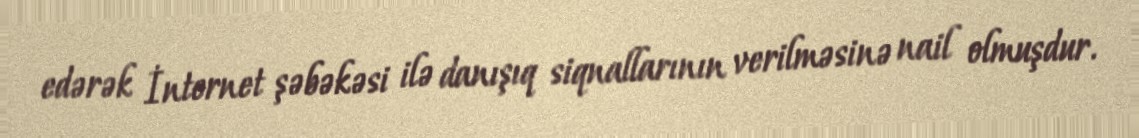
edərək İnternet şəbəkəsi ilə danışıq siqnallarının verilməsinə nail olmuşdur.